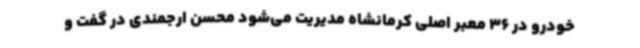
خودرو در 36 معبر اصلی کرمانشاه مدیریت می‌شود محسن ارجمندی در گفت و